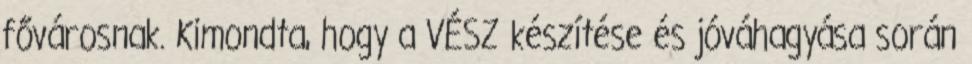
fővárosnak. Kimondta, hogy a VÉSZ készítése és jóváhagyása során